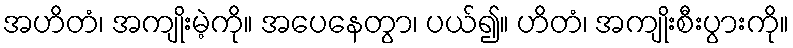
အဟိတံ၊ အကျိုးမဲ့ကို။ အပေနေတွာ၊ ပယ်၍။ ဟိတံ၊ အကျိုးစီးပွားကို။